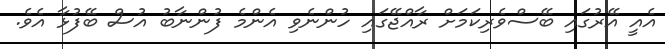
އެއީ އޭރުގައި ބޭސްވެރިކަމަށް ރާއްޖޭގައި ހުންނެވި އެންމެ ފުންނާބު އުސް ބޭފުޅާ އެވެ.